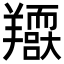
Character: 𦏥